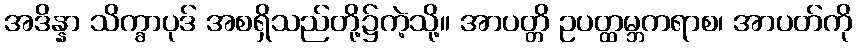
အဒိန္နာ သိက္ခာပုဒ် အစရှိသည်တို့၌ကဲ့သို့။ အာပတ္တိ ဥပတ္ထမ္ဘကရာစ၊ အာပတ်ကို